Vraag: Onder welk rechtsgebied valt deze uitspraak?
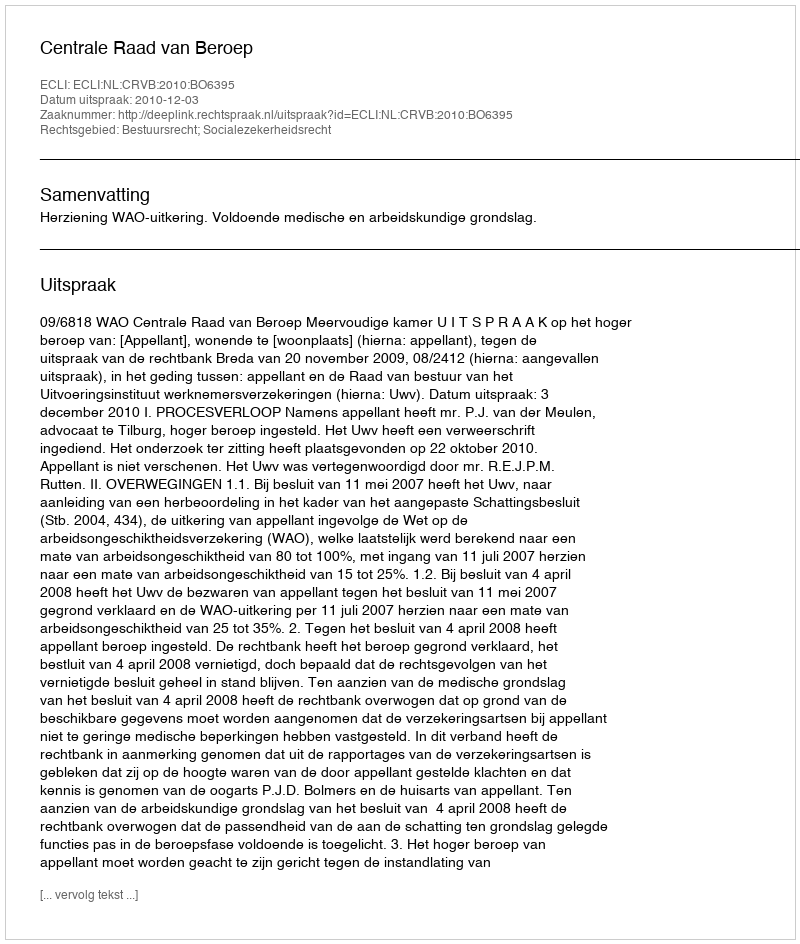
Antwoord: Bestuursrecht; Socialezekerheidsrecht